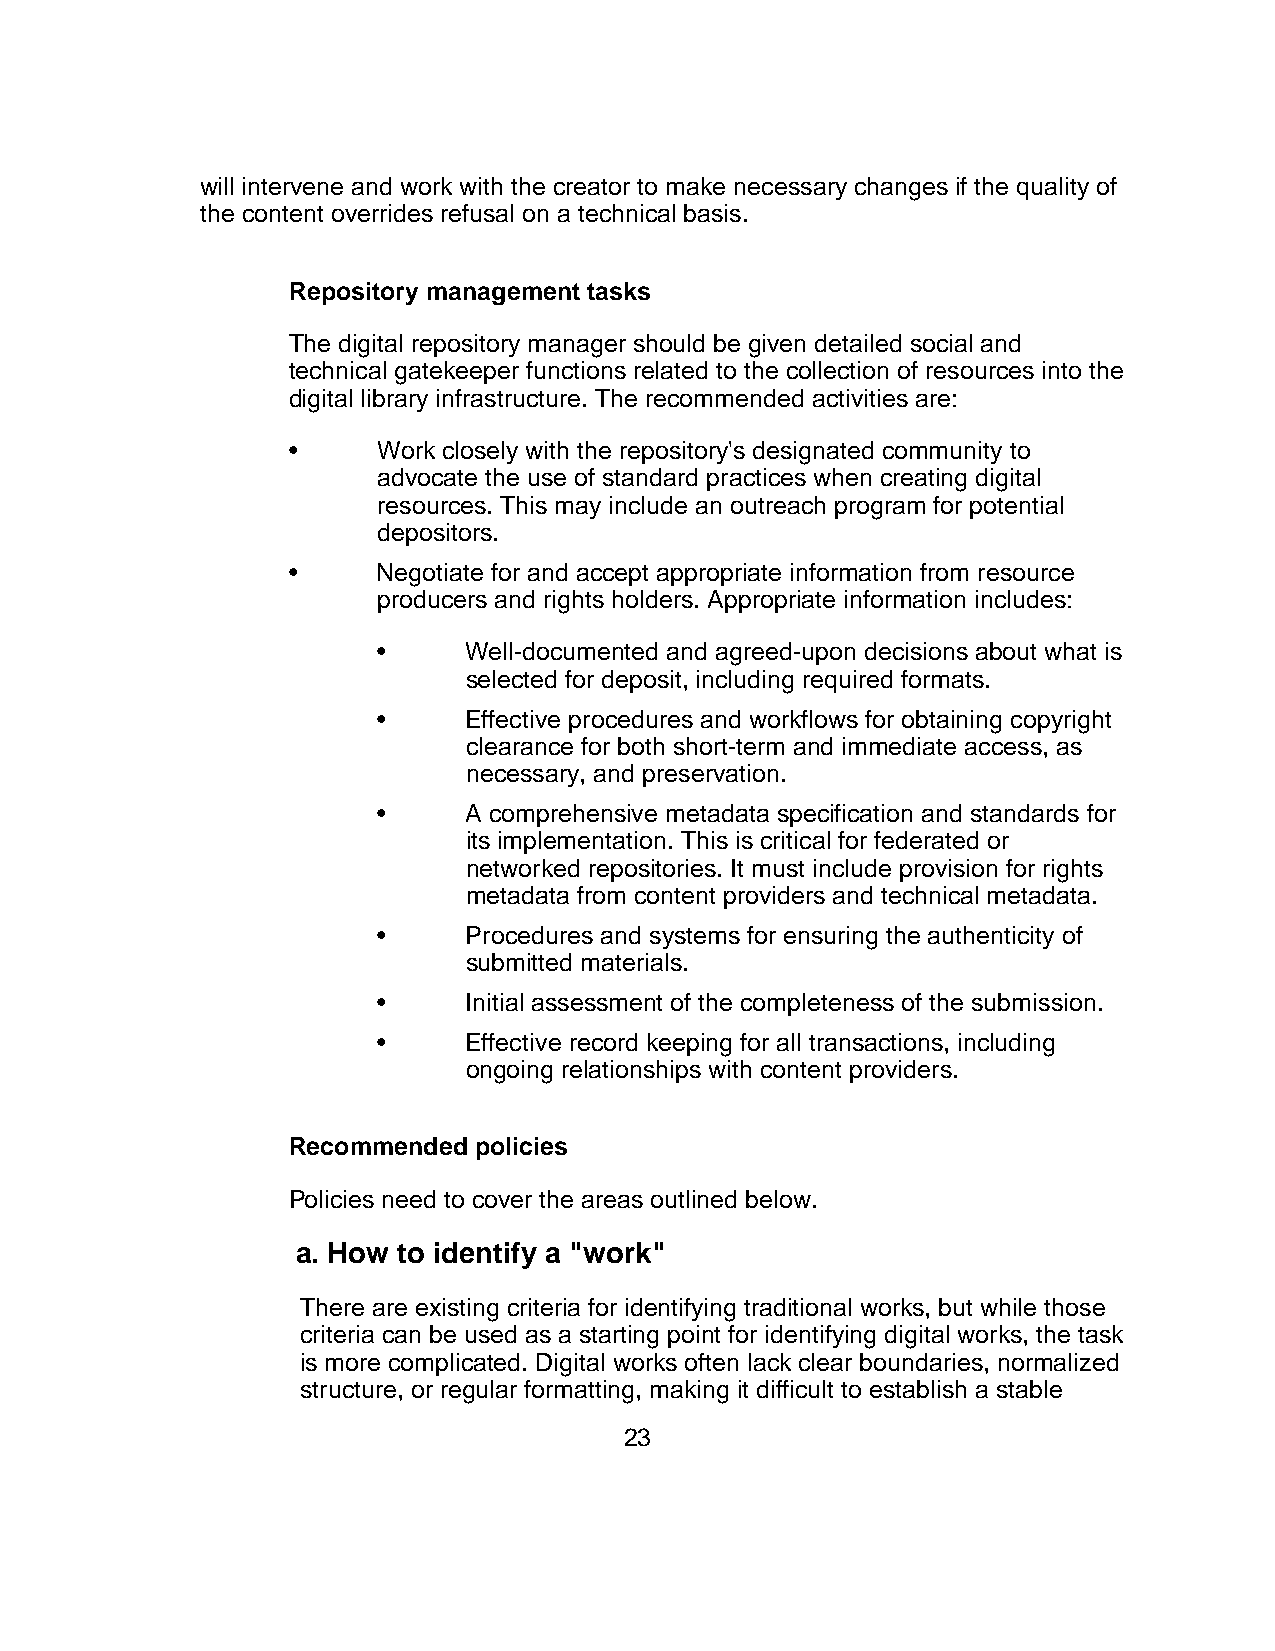
will intervene and work with the creator to make necessary changes if the quality of
 the content overrides refusal on a technical basis.
 Repository management tasks
 The digital repository manager should be given detailed social and
 technical gatekeeper functions related to the collection of resources into the
 digital library infrastructure. The recommended activities are:
 •     Work closely with the repository's designated community to
 advocate the use of standard practices when creating digital
 resources. This may include an outreach program for potential
 depositors.
 •     Negotiate for and accept appropriate information from resource
 producers and rights holders. Appropriate information includes:
 •     Well-documented and agreed-upon decisions about what is
 selected for deposit, including required formats.
 •     Effective procedures and workflows for obtaining copyright
 clearance for both short-term and immediate access, as
 necessary, and preservation.
 •     A comprehensive metadata specification and standards for
 its implementation. This is critical for federated or
 networked repositories. It must include provision for rights
 metadata from content providers and technical metadata.
 •     Procedures and systems for ensuring the authenticity of
 submitted materials.
 •     Initial assessment of the completeness of the submission.
 •     Effective record keeping for all transactions, including
 ongoing relationships with content providers.
 Recommended policies
 Policies need to cover the areas outlined below.
 a. How to identify a "work"
 There are existing criteria for identifying traditional works, but while those
 criteria can be used as a starting point for identifying digital works, the task
 is more complicated. Digital works often lack clear boundaries, normalized
 structure, or regular formatting, making it difficult to establish a stable
 23